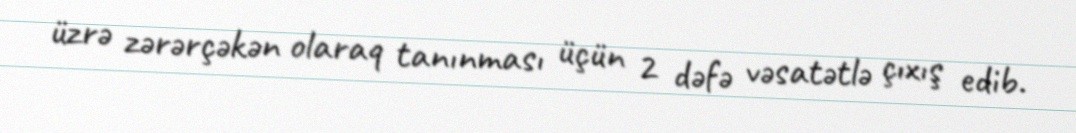
üzrə zərərçəkən olaraq tanınması üçün 2 dəfə vəsatətlə çıxış edib.